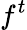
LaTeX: f^{t}